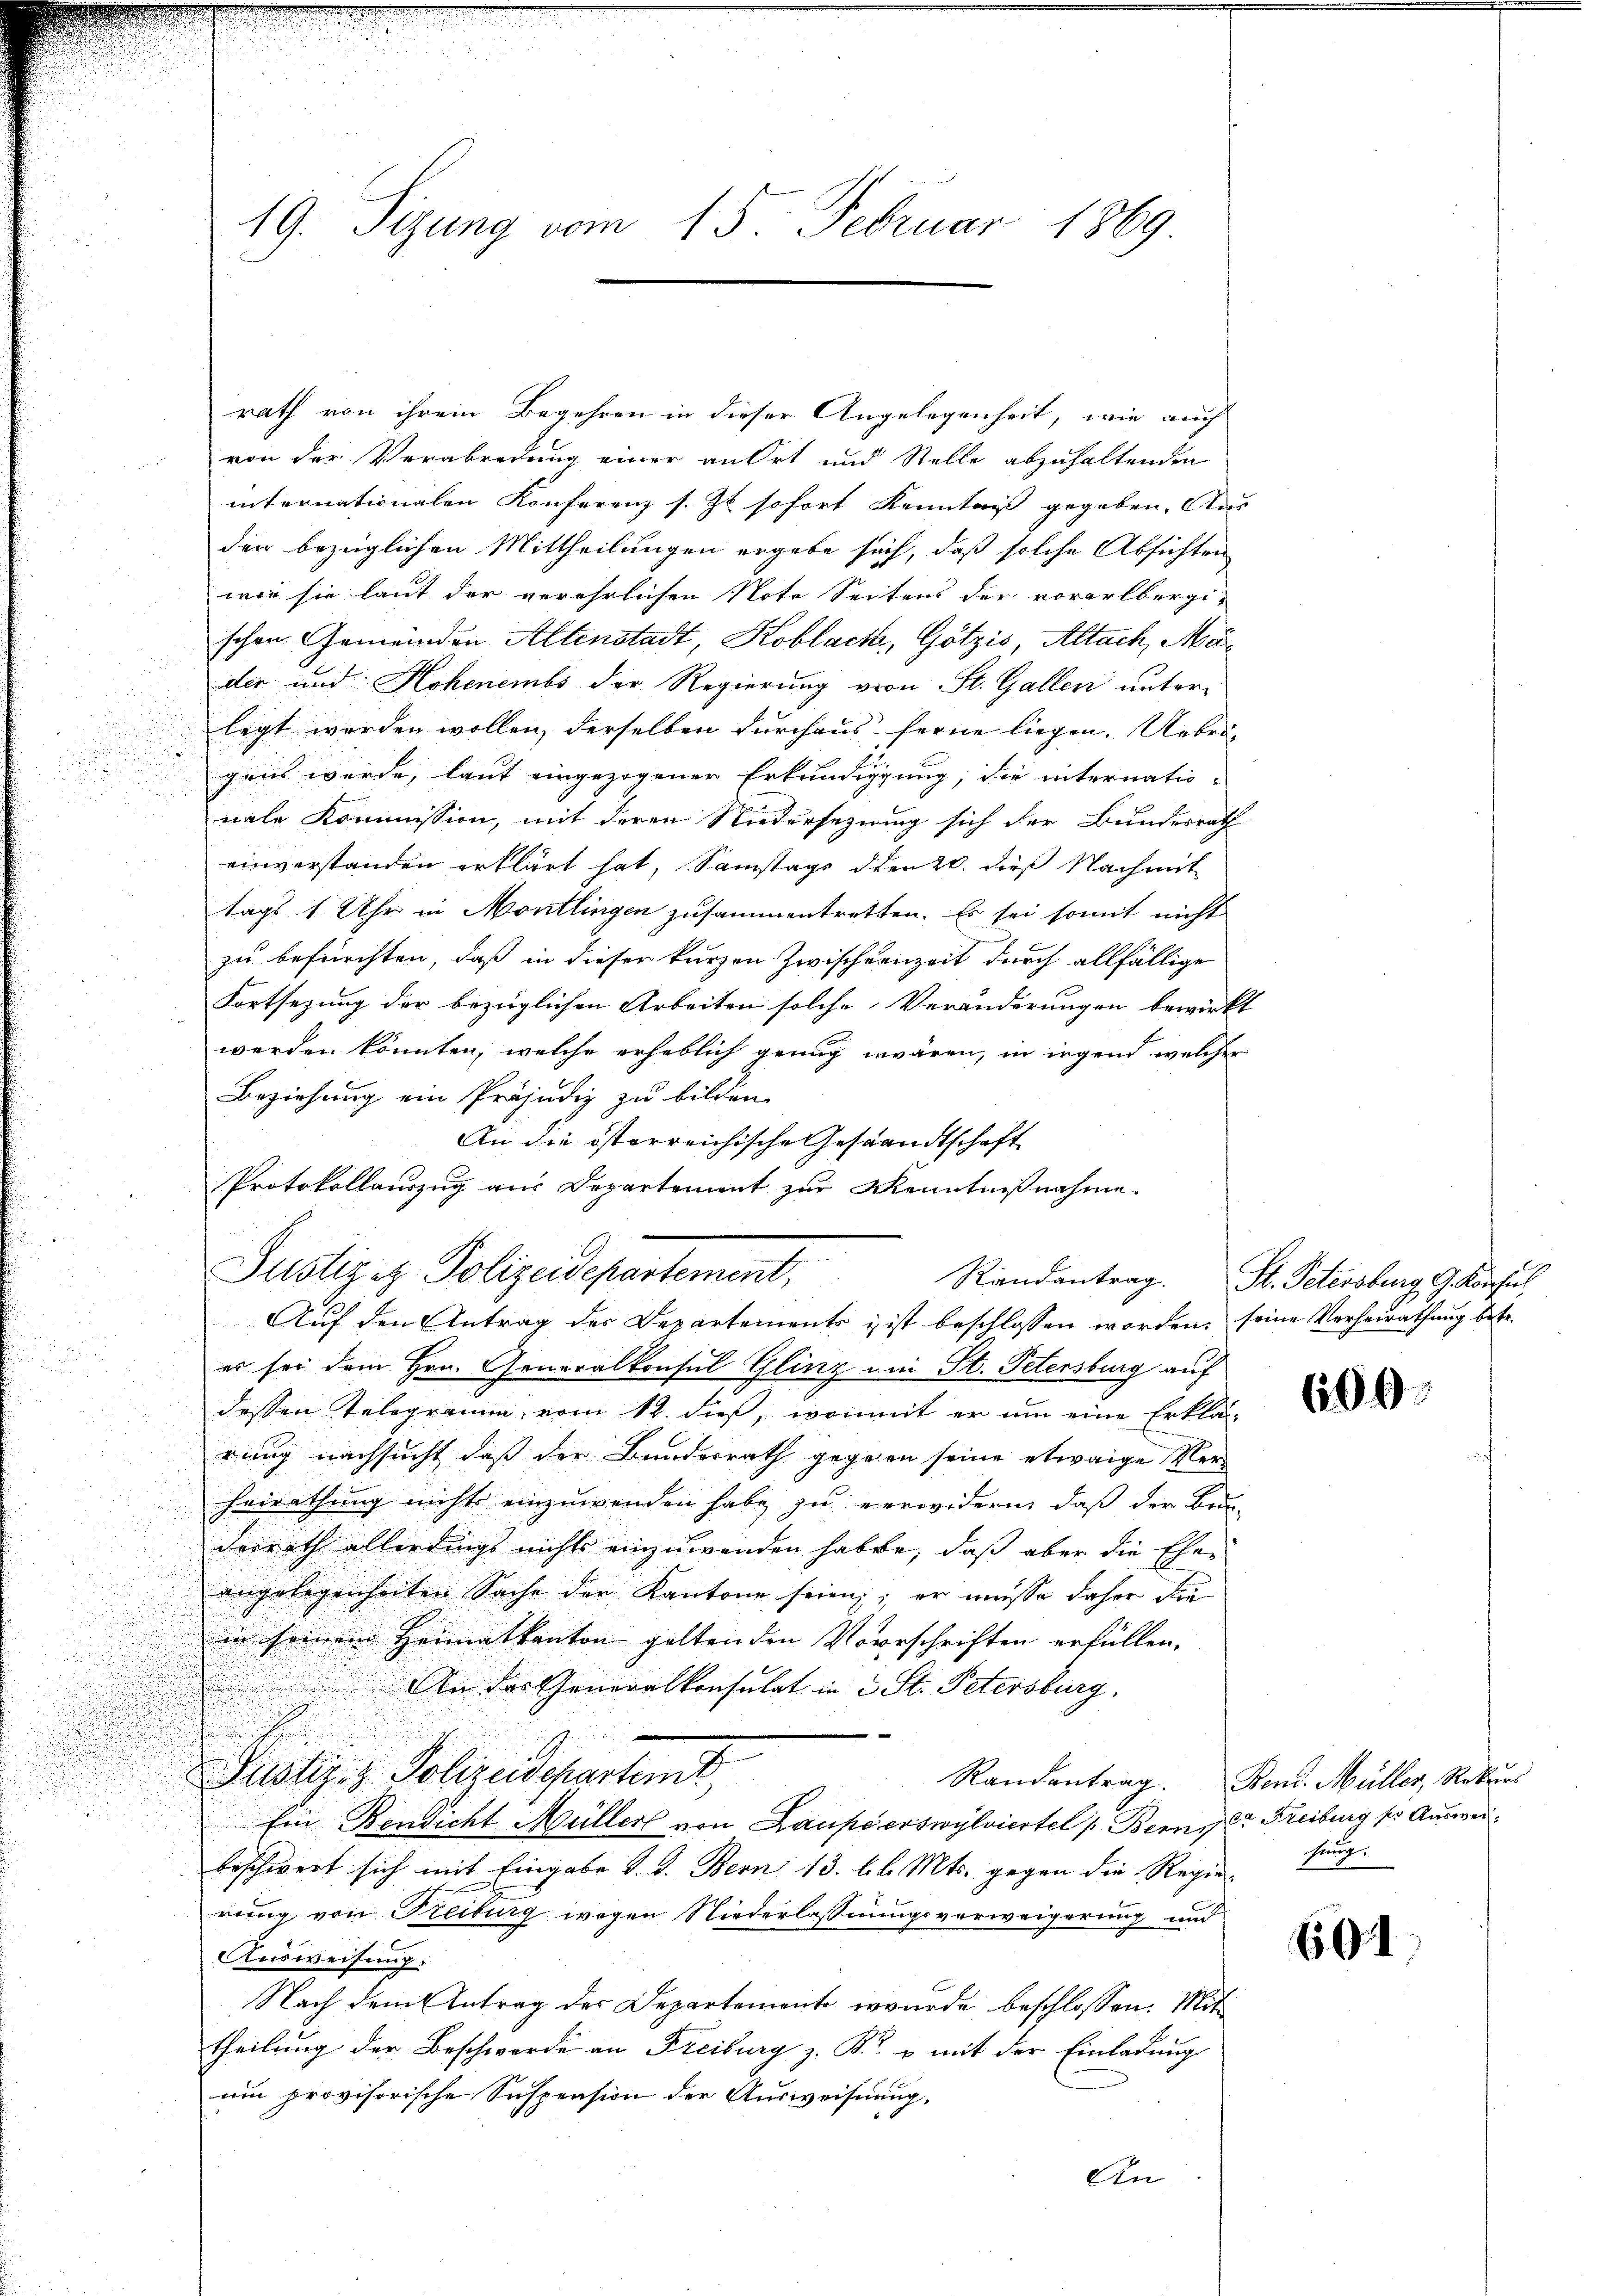
rath von ihrem Begehren in dieser Angelegenheit, wie auch
von der Verabredung einer an Ort und Stelle abzuhaltenden
internationalen Konferenz s. Z. sofort Kenntniß gegeben. Aus
den bezüglichen Mittheilungen ergebe sich, daß solche Absichten
wie sie laut der verehrlichen Note Seitens der vorarlbergischen Gemeinden Altenstadt, Koblacke, Götzis, Altach, Mader und Hohenembs der Regierung von St. Gallen unterlegt werden wollen, derselben durchaus ferne liegen. Uebrig
i
gries wurde, laut eingezogener Erkundigung, die internatio-

nale Kommission, mit deren Niedersezung sich der Bundesrath
einverstanden erklärt hat, Samstags dien 2. dieß Nachmit
tags 1 Uhr in Montlingen zusammentretten. Es sei somit nicht
zu befürchten, daß in dieser kurzen Zwischernzeit durch allfällige
Fortsezung der bezüglichen Arbeiten solche Veränderungen bewirkt
werden könnten, welche erheblich genug wären, in irgend welcher
Beziehung ein Präjudiz zu bilden.
An die österreichische Gestandtschaft
Protokollauszug aus Departement zur Kenntnißnahme
Randantrag. St. Petersburg, G. Konfi
e

er sei dem Hrn. Generalkonsul Glinz um St. Petersburg auf

dessen Telegramm vom 12. dieß, womit er um eine Erklärrung nachsucht, daß der Bundesrath gegenen seine etwaige Ver¬
Heirathung nichts einzuwenden habe zu verwidern, daß der Bun-
derrath allerdings nichts einzuwenden haben, daß aber die Eher
angelegenheiten Sache der Kantone seien; er müsse daher die
in seinem Heimatkanton geltenden Vorschriften erfüllen.
 An das Generalkonsulat in 2 St. Petersburg.
Pustiz- & Polizeidepartemt,
Randentrag. Den Müller, Rekurs
Ein Rendicht Müller von Laupierswylviertel (Bern der Freiburg ser Auswei
beschwert sich mit Eingabe d. d. Bern 13. lb. Mts. gegen die Regie-
rung von Freiburg wegen Niederlassungsverweigerung und
Ausweisung.
Nach dem Antrag der Departement wurde beschlossen: Mit
theilung der Beschwerde an Freiburg z. Kr. & mit der Einladung
um provisorische Suspension der Ausweisung,
An¬

19. Sizung vom 15. Februar 1869

Justizez Polizeidepartement,
Auf den Antrag des Departements & ist beschlossen worden, seine Verheirathung betr.

600

hung.

601.